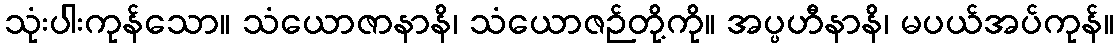
သုံးပါးကုန်သော။ သံယောဇာနာနိ၊ သံယောဇဉ်တို့ကို။ အပ္ပဟီနာနိ၊ မပယ်အပ်ကုန်။